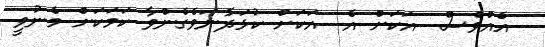
އެއްވެސް  އަކަށް އެ  އަކަށް ކުޅަދާނަވެގެންވާ ކަމަކަށް މެނުވީ